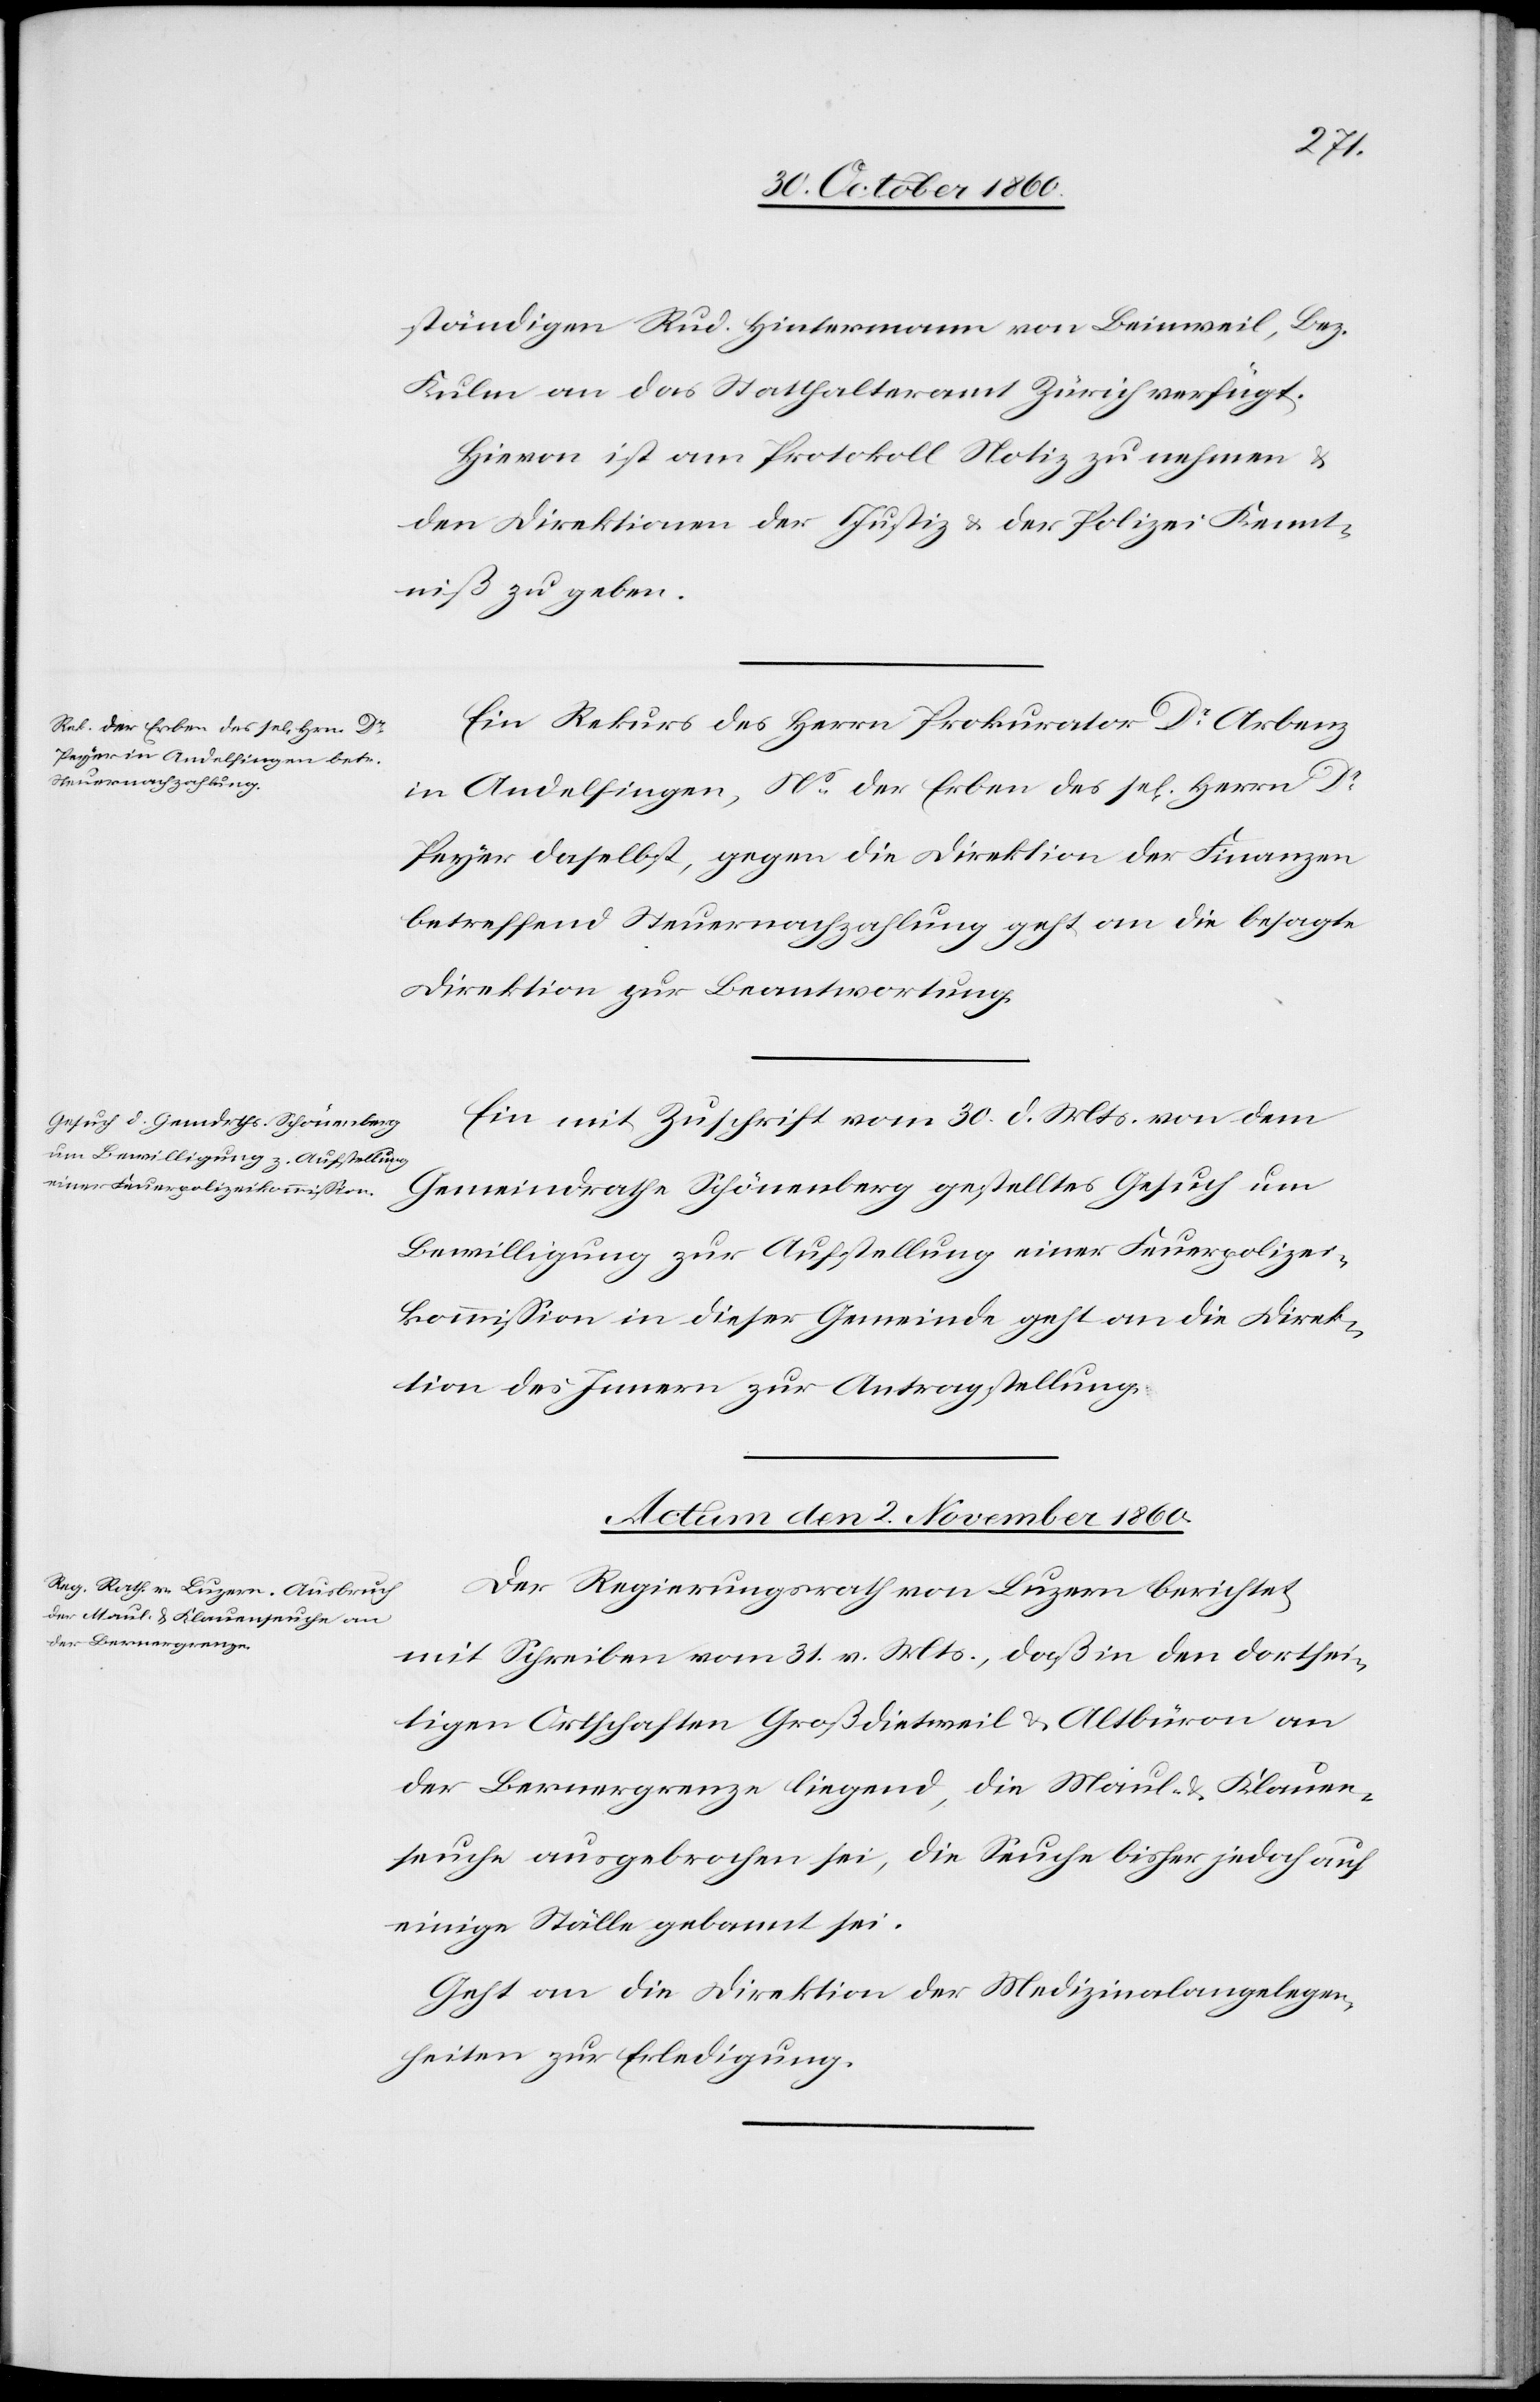
ständigen Rud. Hintermann von Beinweil, Bez.
Kulen an das Statthalteramt Zürich verfügt.
Hievon ist am Protokoll Notiz zu nehmen u.
den Direktionen der Justiz u. der Polizei Kennt¬
niß zu geben.
Ein Rekurs des Herrn Prokurator Dr Arbenz
in Andelfingen, Ns der Erben des sel. Herrn Dr
Peyer daselbst, gegen die Direktion der Finanzen
betreffend Steuernachzahlung geht an die besagte
Direktion zur Beantwortung.
Ein mit Zuschrift vom 30. d. Mts. von dem
Gemeindrathe Schönenberg gestelltes Gesuch um
Bewilligung zur Aufstellung einer Feuerpolizei¬
kommission in dieser Gemeinde geht an die Direk¬
tion des Innern zur Antragstellung.
Actum den 2. November 1860.
Der Regierungsrath von Luzern berichtet
mit Schreiben vom 31. v. Mts., daß in den dortsei¬
tigen Ortschaften Großdietweil u. Altbüron an
der Bernergrenze liegend, die Maul- u. Klauen¬
seuche ausgebrochen sei, die Seuche bisher jedoch auf
einige Ställe gebannt sei.
Geht an die Direktion der Medizinalangelegen¬
heiten zur Erledigung.